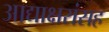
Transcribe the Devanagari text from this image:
आद्याक्षरांसह